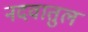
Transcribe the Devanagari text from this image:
नदवातुल